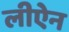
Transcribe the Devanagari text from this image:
लीऐन